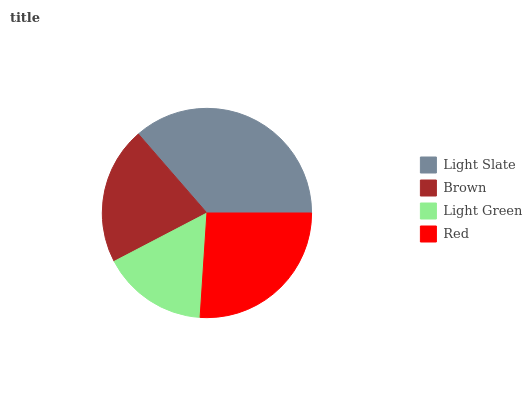
| Light Slate | Brown | Light Green | Red |
 | --- | --- | --- | --- |
 | 36.4% | 21.3% | 16.2% | 26.1% |